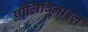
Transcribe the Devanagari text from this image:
पोलिविनाइल